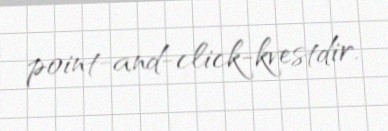
point-and-click-kvestdir.